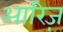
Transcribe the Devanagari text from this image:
आरिज़